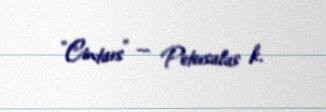
"Cintars" — Petersalas k.